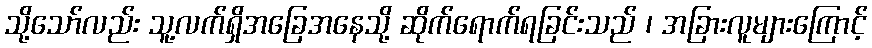
သို့သော်လည်း သူ့လက်ရှိအခြေအနေသို့ ဆိုက်ရောက်ရခြင်းသည် ၊ အခြားလူများကြောင့်